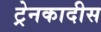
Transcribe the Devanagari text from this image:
ट्रेनकादीस